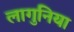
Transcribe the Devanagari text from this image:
लागुनिया